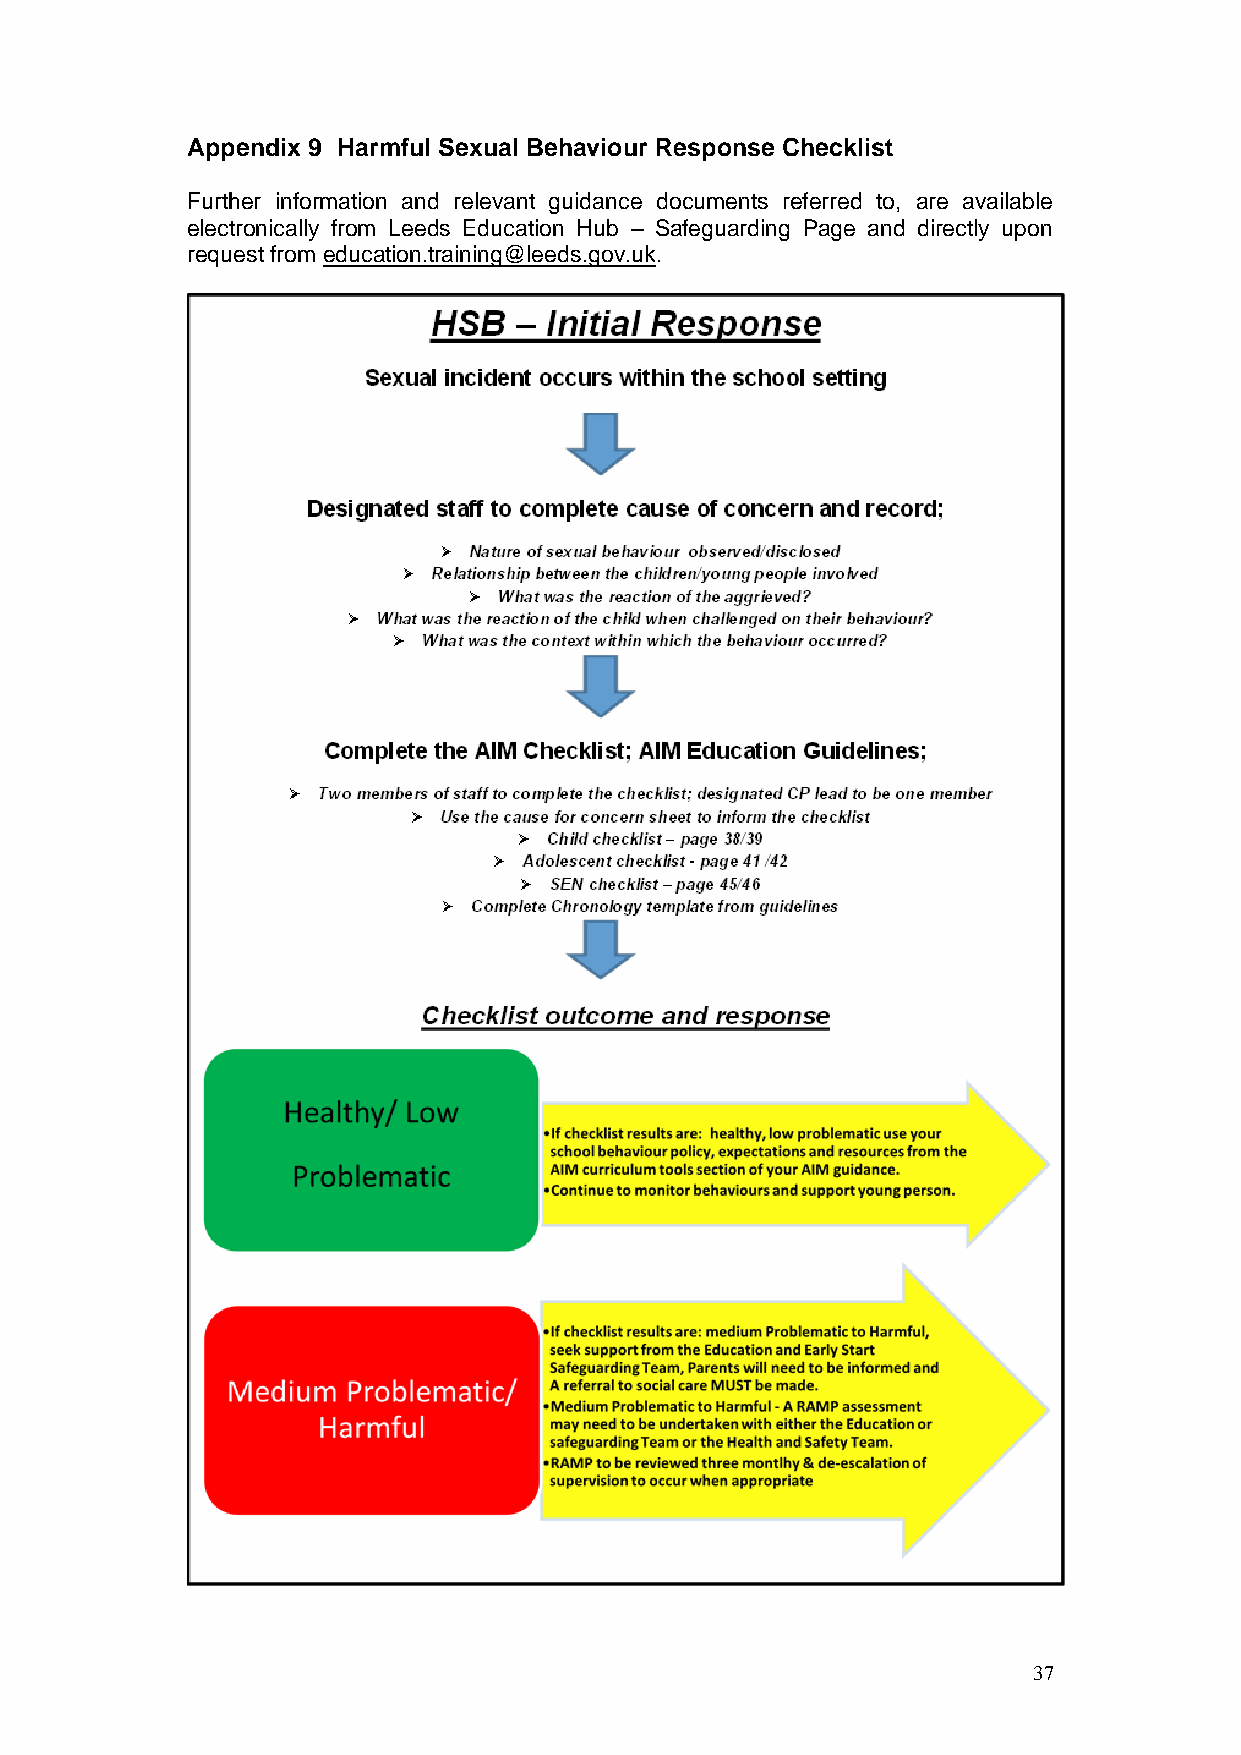
Appendix 9 Harmful Sexual Behaviour Response Checklist
 Further information and relevant guidance documents referred to, are available
 electronically from Leeds Education Hub – Safeguarding Page and directly upon
 request from education.training@leeds.gov.uk.
 37